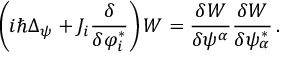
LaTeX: \left( i \hbar \Delta _ { \psi } + { \cal J } _ { i } \frac { \delta } { \delta \varphi _ { i } ^ { * } } \right) { \cal W } = \frac { \delta { \cal W } } { \delta \psi ^ { \alpha } } \frac { \delta { \cal W } } { \delta \psi _ { \alpha } ^ { * } } \, .